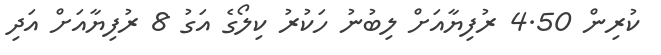
ކުރިން 4.50 ރުފިޔާއަށް ލިބުނު ހަކުރު ކިލޯގެ އަގު 8 ރުފިޔާއަށް އަދި